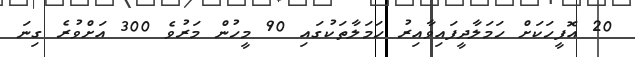
20 އޮފީހަކަށް ހަމަލާދީފައިވާއިރު ހަމަލާތަކުގައި 90 މީހުން މަރުވެ 300 އަށްވުރެ ގިނަ